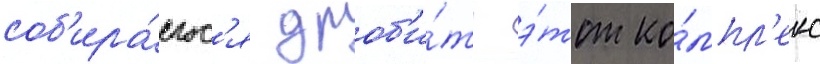
соб'ира́емс'я дроб'и́ть э́тот ко́мпл'екс